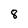
Character: 8